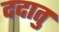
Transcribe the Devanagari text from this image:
ददातु